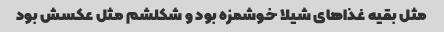
مثل بقیه غذاهای شیلا خوشمزه بود و شکلشم مثل عکسش بود